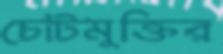
চোটমুক্তির